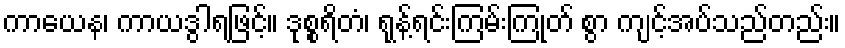
ကာယေန၊ ကာယဒွါရဖြင့်။ ဒုစ္စရိတံ၊ ရုန့်ရင်းကြမ်းကြုတ် စွာ ကျင့်အပ်သည်တည်း။